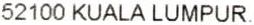
52100 KUALA LUMPUR.